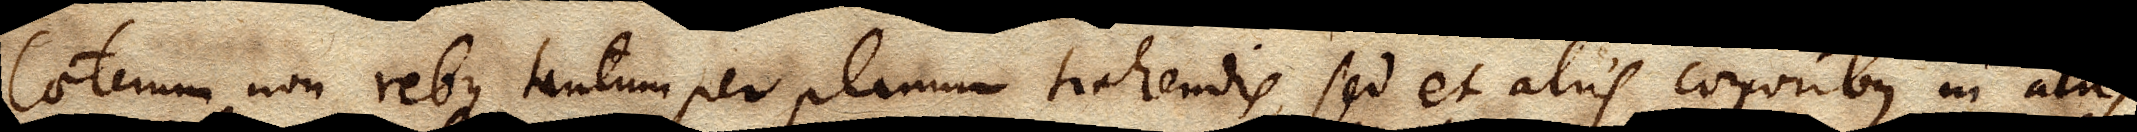
Caeterum non rebus tantum per planum trahendis, sed et aliis corporibus in aliis